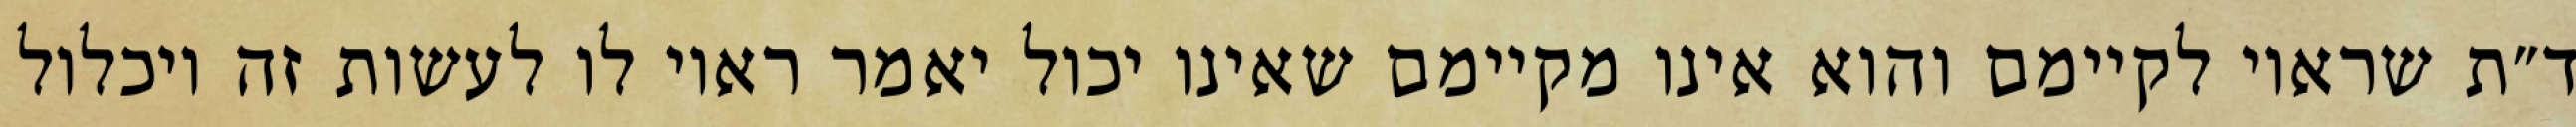
ד״ת שראוי לקיימם והוא אינו מקיימם שאינו יכול יאמר ראוי לו לעשות זה ויכלול